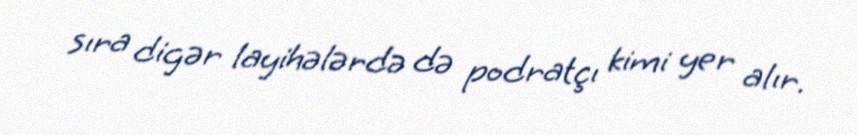
sıra digər layihələrdə də podratçı kimi yer alır.